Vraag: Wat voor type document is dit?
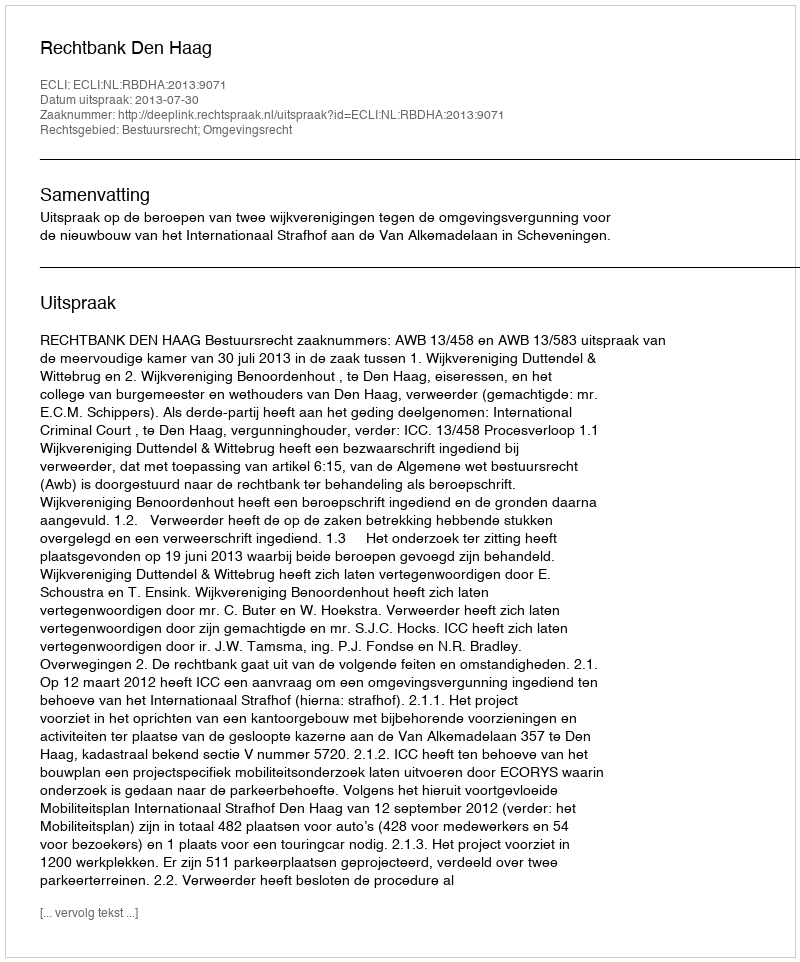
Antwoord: Uitspraak